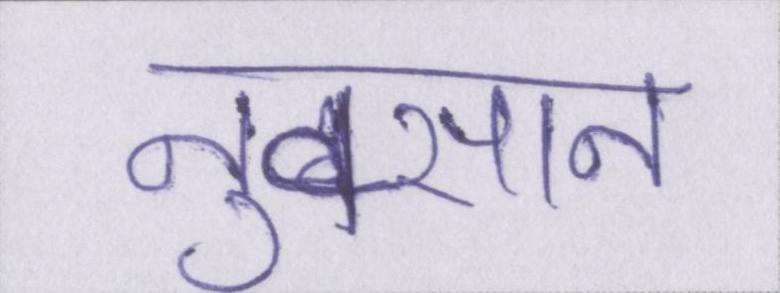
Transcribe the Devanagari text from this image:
नुक्सान